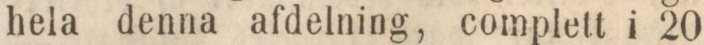
hela denna afdelning, complett i 20